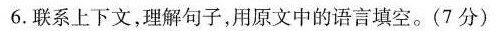
6.联系上下文，理解句子，用原文中的语言填空。(7分)